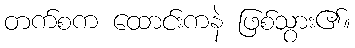
တက်စက ထောင်းကနဲ ဖြစ်သွား၏။